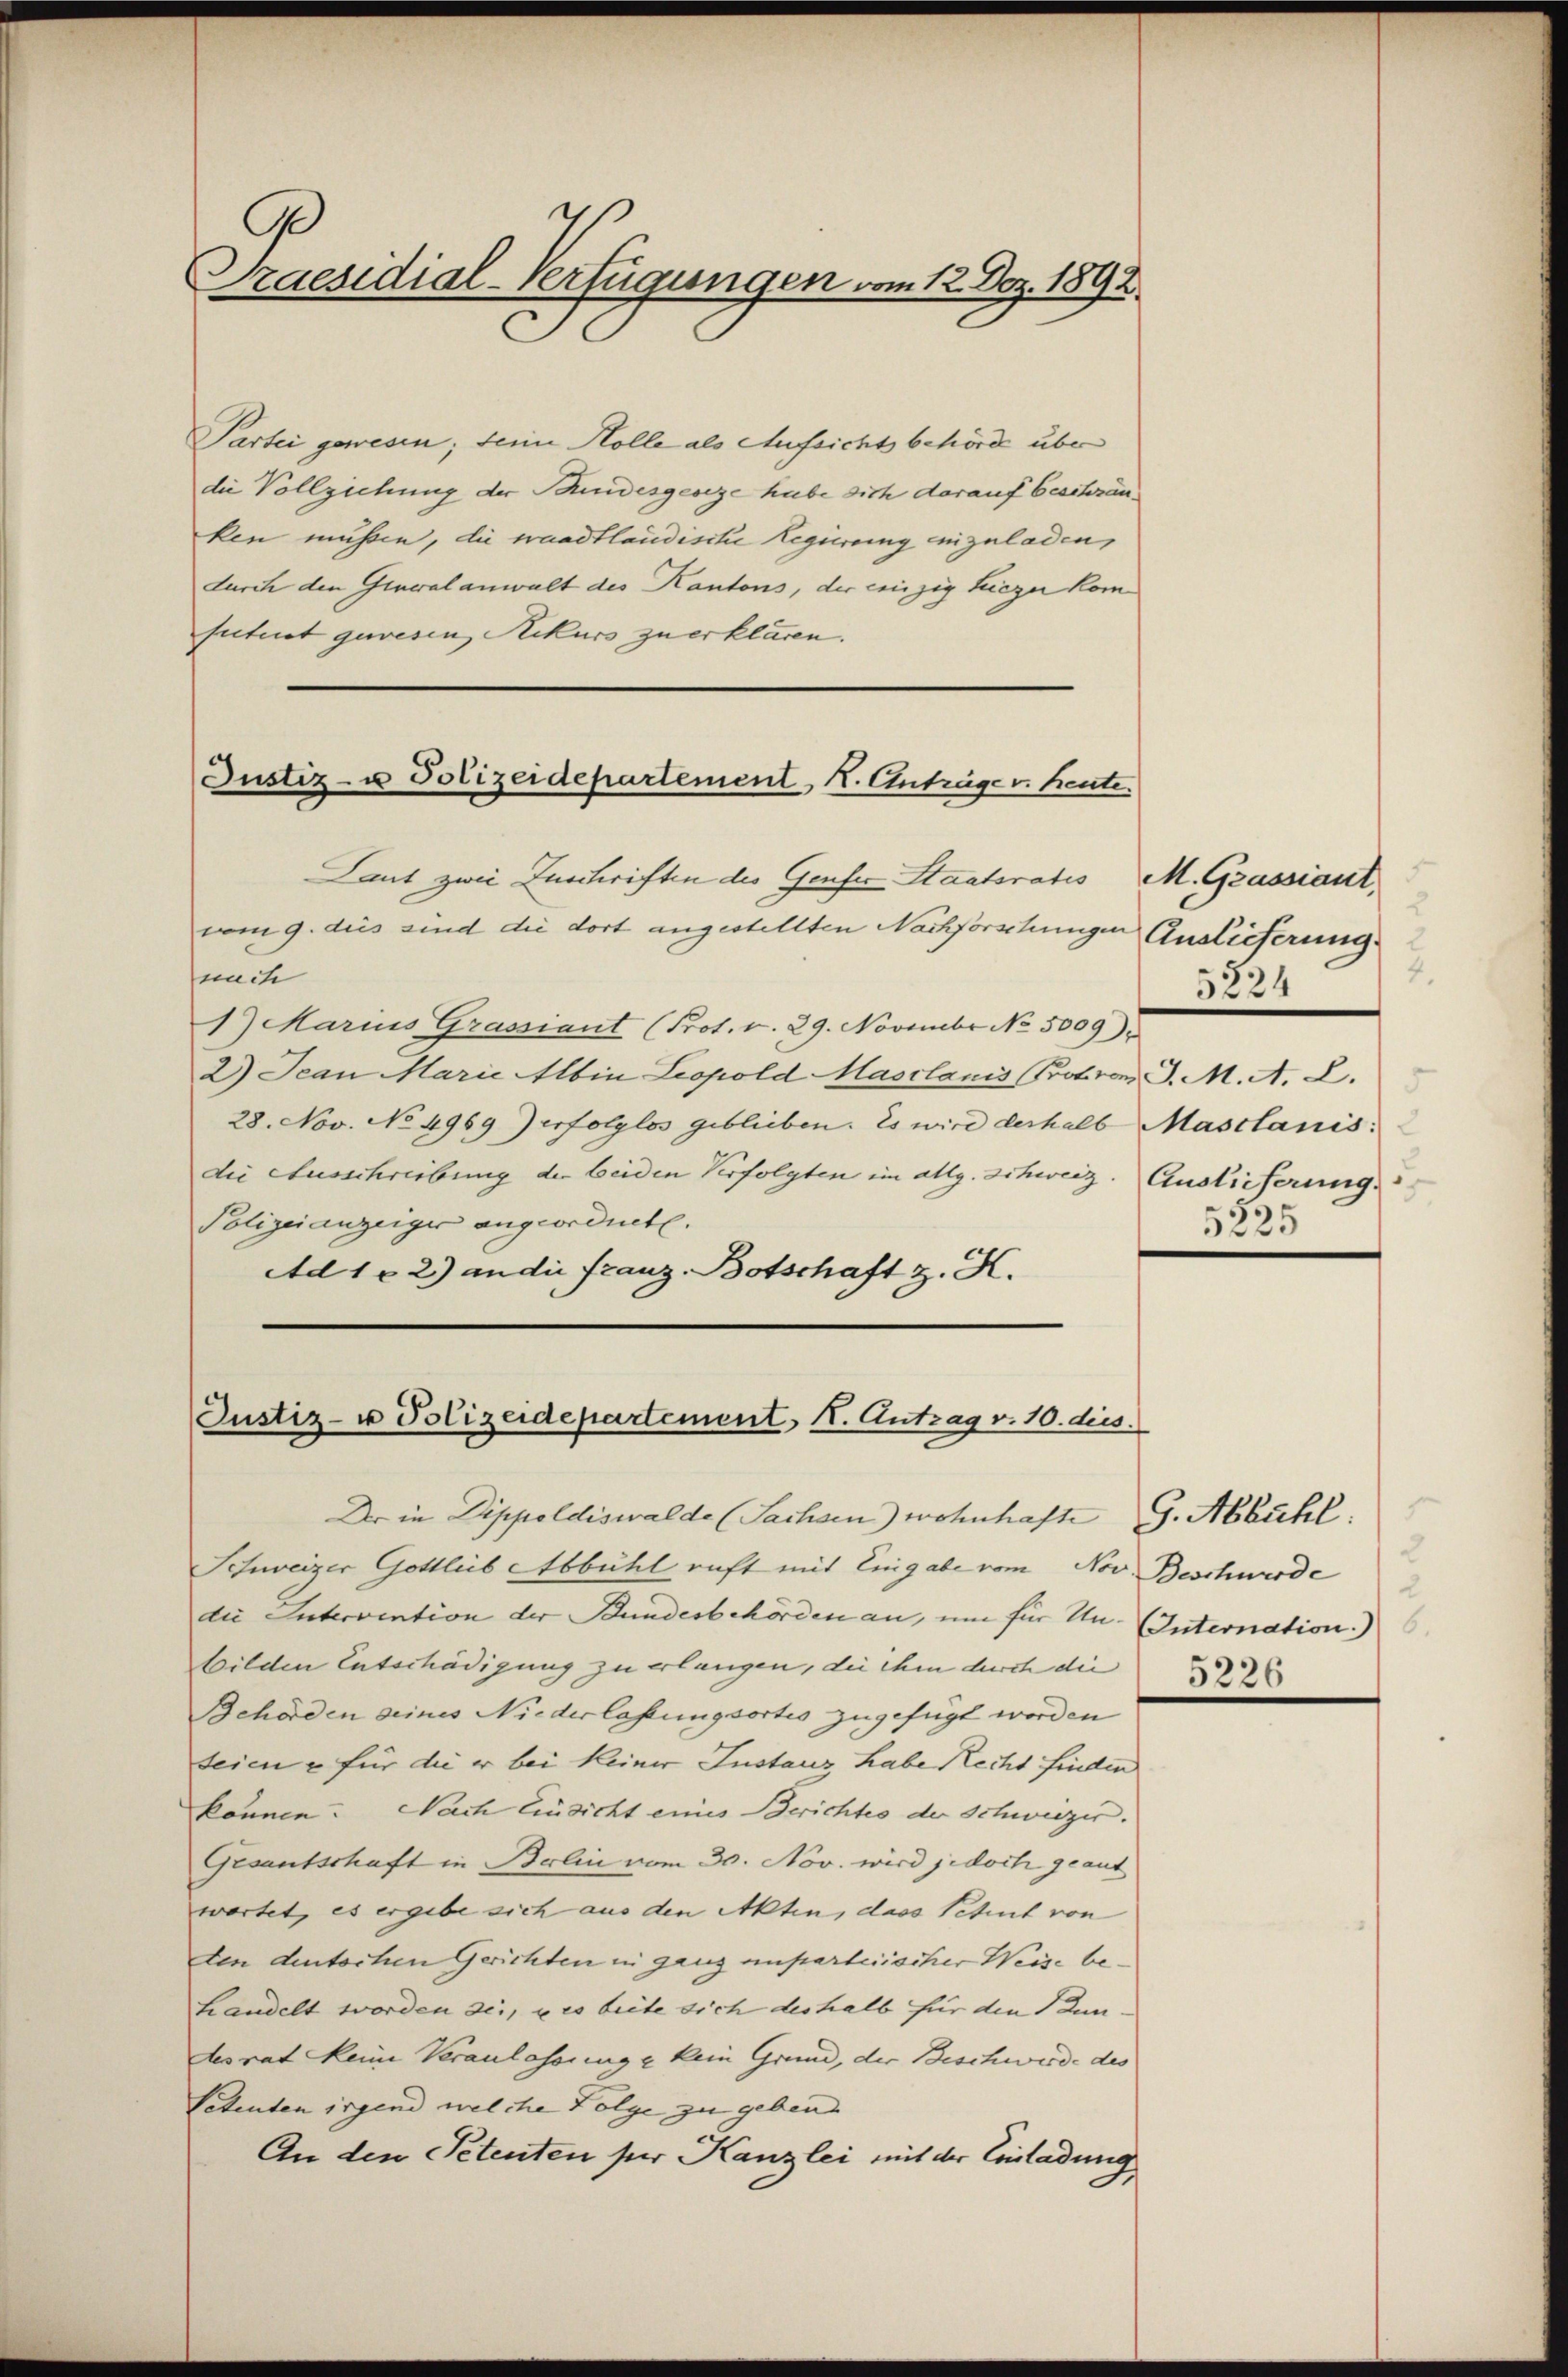
7
Praesidial-Verfügungen vom 12. Dez. 1892.

Partei gewesen; seine Holle als Aufsichtsbehörde über
die Vollziehung der Bundesgeseze habe sich darauf beschränken müssen, die waadtländische Regierung einzuladen,
durch den General anwalt des Kantons, der einzig hiezu komfuturst gewesen, Rekurs zu erklären.

Justiz- u Polizeidepartement I. Anträge v. heute.

Laut zwei Zuschriften der Genfer Staatsrates M. Grassiant,
vom 9. dies sind die dort angestellten Nachforschungen Auslieferung
nich
1) Marius Grassiant (Prot. v. 29. Novembr No. 5009).
2) Jean Marie Albin Leopold Maschanis Prot von J. M. A. L.
28. Nov. No 4969 erfolglos geblieben. Es wird derhalb Maschanis
die Ausschreibung der beiden Verfolgten im allg. Schweiz. Auslieferung
Polizeianzeiger angeordnete.
Ad 1 - 2.) an die Franz. Botschaft z. K.

Justiz- u Polizeidepartement K. Antrag v. 10. dies

Der in Dippoldiswalde (Sachsen) wohnhafte
die Intervention der Bundesbehörden an, um für Un- (Internation.
bilden Entschädigung zu erlangen, die ihm durch die
Behörden seines Niederlassungsortis zugefügt worden
seien u für die er bei keiner Instanz habe Recht finden
können. Nach Einsicht eines Berichtes der Schweizer.
Gesantschaft in Berlin vom 30. Nov. wird jedoch geant
wortet, es ergebe sich aus den Akten, dass Petent von
ten deutschen Gerichten in ganz unparteiischer Weise be¬
Handelt worden sei, u es biete sich deshalb für den Jundesrat Meine Veranlassung e kein Grund, der Beschwerde des
Petenten irgend welche Folge zu geben
An den Petenten ser Kanzlei mit der Einladung

Schweizer Gottlieb Abbühl ruft mit Eingabe vom Nov. Beschwerde

4.
5224
5225

G. Abbühl.
5226